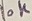
Text: 10K